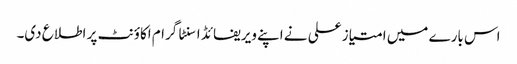
اس بارے میں امتیاز علی نے اپنے ویریفائڈ اسنٹا گرام اکاؤنٹ پر اطلاع دی۔